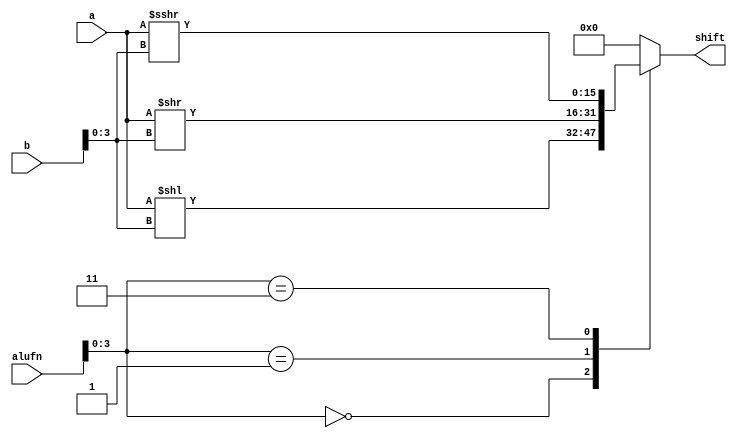
module shifter_18 (
    input [15:0] a,
    input [15:0] b,
    input [5:0] alufn,
    output reg [15:0] shift
  );
  
  
  
  always @* begin
    
    case (alufn[0+3-:4])
      4'h0: begin
        shift = a << b[0+3-:4];
      end
      4'h1: begin
        shift = a >> b[0+3-:4];
      end
      4'h3: begin
        shift = $signed(a) >>> b[0+3-:4];
      end
      default: begin
        shift = 1'h0;
      end
    endcase
  end
endmodule